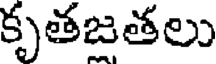
కృతజతలు